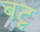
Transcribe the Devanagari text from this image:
बटृ